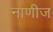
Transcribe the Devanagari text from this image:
नाणीज